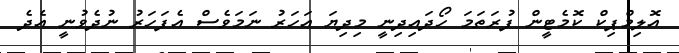
އޮލިމްޕިކް ކޮމެޓީން ފުރަތަމަ ހޯދައިދިނީ މިދިޔަ އަހަރު ނަމަވެސް އެފަހަރު ނުދެވުނީ އެދެ